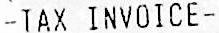
-TAX INVOICE-